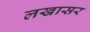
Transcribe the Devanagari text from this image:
लखासर